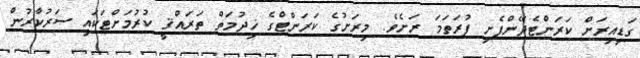
ގަޑިއިރަށް ކަރަންޓެދޭންފެށި ފުރަތަމަ ރަށެވެ. މިރަށުގެ ކަރަންޓްގެ ޚިދުމަތް ތަރައްޤީ ކުރުމަށްޓަކައި ސަރުކާރުން